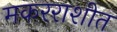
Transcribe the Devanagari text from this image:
मकरराशीत